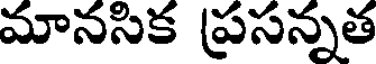
మానసిక ప్రసన్నత